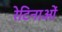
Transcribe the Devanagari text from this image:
रेटिनाओं